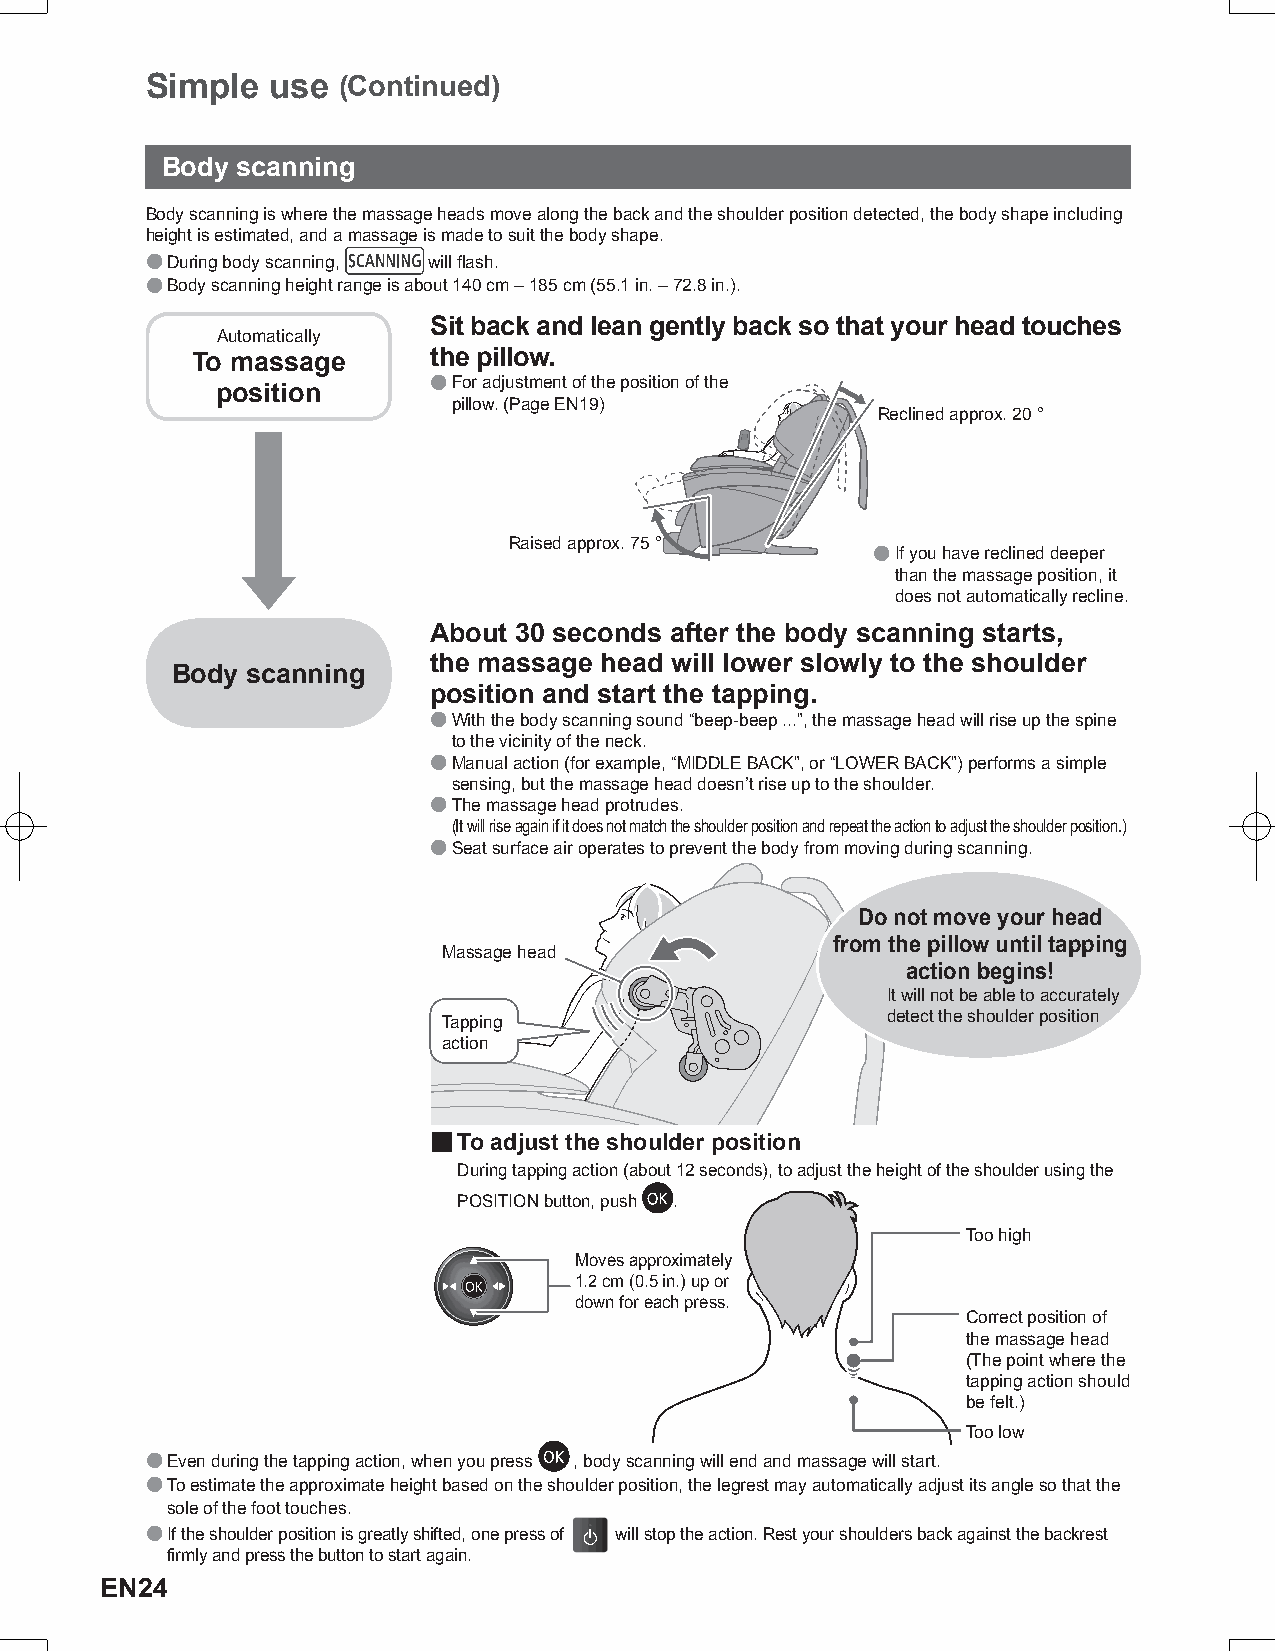
Simple  use (Continued)
 Body scanning
 Body scanning is where the massage heads move along the back and the shoulder position detected, the body shape including
 height is estimated, and a massage is made to suit the body shape.
 ● During body scanning, will flash.
 ● Body scanning height range is about 140 cm – 185 cm (55.1 in. – 72.8 in.).
 Sit back and lean gently back so that your head touches
 Automatically
 To massage     the pillow.
 position      ● For adjustment of the position of the
 pillow. (Page EN19)
 Reclined approx. 20 °
 Raised approx. 75 °
 ● If you have reclined deeper
 than the massage position, it
 does not automatically recline.
 About 30 seconds after the body scanning starts,
 the massage head will lower slowly to the shoulder
 Body scanning
 position and start the tapping.
 ● With the body scanning sound “beep-beep ...”, the massage head will rise up the spine
 to the vicinity of the neck.
 ● Manual action (for example, “MIDDLE BACK”, or “LOWER BACK”) performs a simple
 sensing, but the massage head doesn’t rise up to the shoulder.
 ● The massage head protrudes.
 (It will rise again if it does not match the shoulder position and repeat the action to adjust the shoulder position.)
 ● Seat surface air operates to prevent the body from moving during scanning.
 Do not move your head
 from the pillow until tapping
 Massaもgeみ he玉ad
 action begins!
 It will not be able to accurately
 Tたapたpiきng                    detect the shoulder position
 a動ct作ion
 ■ To adjust the shoulder position
 During tapping action (about 12 seconds), to adjust the height of the shoulder using the
 POSITION button, push .
 Too high
 Moves approximately
 1.2 cm (0.5 in.) up or
 down for each press.
 Correct position of
 the massage head
 (The point where the
 tapping action should
 be felt.)
 Too low
 ● Even during the tapping action, when you press , body scanning will end and massage will start.
 ● To estimate the approximate height based on the shoulder position, the legrest may automatically adjust its angle so that the
 sole of the foot touches.
 ● If the shoulder position is greatly shifted, one press of will stop the action. Rest your shoulders back against the backrest
 firmly and press the button to start again.
 EN24